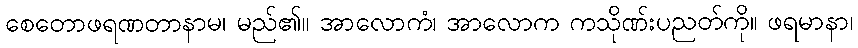
စေတောဖရဏတာနာမ၊ မည်၏။ အာလောကံ၊ အာလောက ကသိုဏ်းပညတ်ကို။ ဖရမာနာ၊